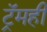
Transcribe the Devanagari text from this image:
ट्रॅमही